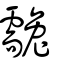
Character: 䨲